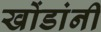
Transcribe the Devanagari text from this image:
खोंडांनी